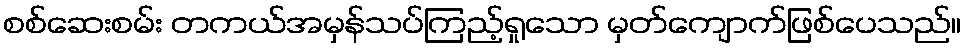
စစ်ဆေးစမ်း တကယ်အမှန်သပ်ကြည့်ရှုသော မှတ်ကျောက်ဖြစ်ပေသည်။